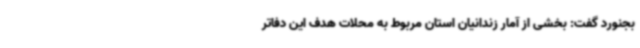
بجنورد گفت: بخشی از آمار زندانیان استان مربوط به محلات هدف این دفاتر